Vaccination in Bombay 1869-1873 - 1869-1873
Year: 1869
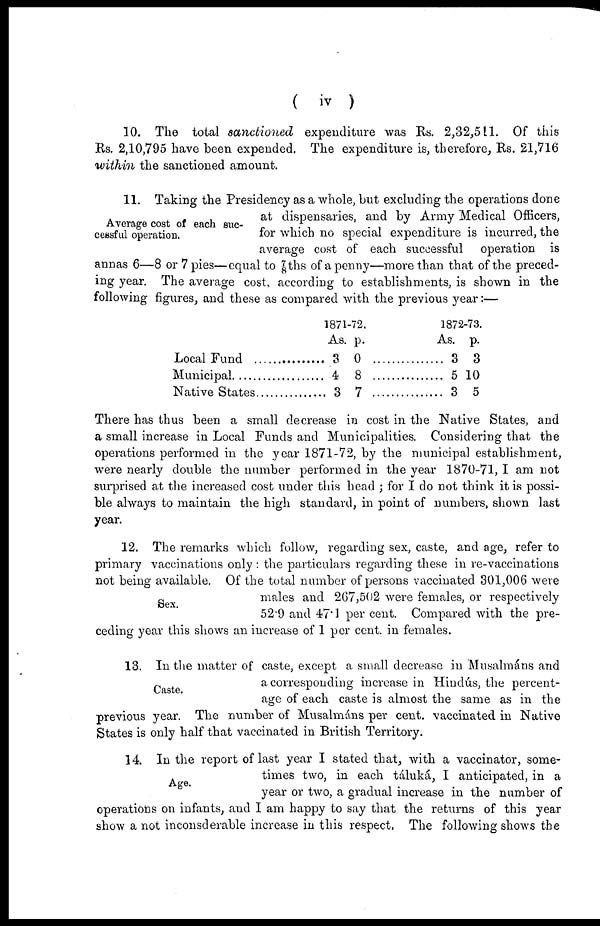
( iv )
10. The total sanctioned expenditure was Rs. 2,32,511. Of this
Rs. 2,10,795 have been expended. The expenditure is, therefore, Rs. 21,716
within the sanctioned amount.
Average cost of each suc-
cessful operation.
11. Taking the Presidency as a whole, but excluding the operations done
at dispensaries, and by Army Medical Officers,
for which no special expenditure is incurred, the
average cost of each successful operation is
annas 6—8 or 7 pies—equal to 7/8ths of a penny—more than that of the preced-
ing year. The average cost, according to establishments, is shown in the
following figures, and these as compared with the previous year:—
Local Fund ................
Municipal ..................
Native States..............
1871-72.
As.
3
4
3
p.
0
8
7
...............
...............
...............
1872-73.
As.
3
5
3
p.
3
10
5
There has thus been a small decrease in cost in the Native States, and
a small increase in Local Funds and Municipalities. Considering that the
operations performed in the year 1871-72, by the municipal establishment,
were nearly double the number performed in the year 1870-71, I am not
surprised at the increased cost under this head ; for I do not think it is possi-
ble always to maintain the high standard, in point of numbers, shown last
year.
Sex.
12. The remarks which follow, regarding sex, caste, and age, refer to
primary vaccinations only : the particulars regarding these in re-vaccinations
not being available. Of the total number of persons vaccinated 301,006 were
males and 267,502 were females, or respectively
52.9 and 47.1 per cent. Compared with the pre-
ceding year this shows an increase of 1 per cent. in females.
Caste.
13. In the matter of caste, except a small decrease in Musalmáns and
a corresponding increase in Hindús, the percent-
age of each caste is almost the same as in the
previous year. The number of Musalmáns per cent. vaccinated in Native
States is only half that vaccinated in British Territory.
Age.
14. In the report of last year I stated that, with a vaccinator, some-
times two, in each táluká, I anticipated, in a
year or two, a gradual increase in the number of
operations on infants, and I am happy to say that the returns of this year
show a not inconsderable increase in this respect. The following shows the